画像に写った文字を読んでください
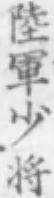
「陸軍少将」と書いてあります